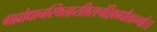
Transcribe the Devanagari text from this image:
बाह्योद्यानस्थितहरशिरश्चंद्रिकाधौतहर्म्या।।